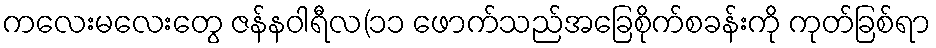
ကလေးမလေးတွေ ဇန်နဝါရီလ(၁၁ ဖောက်သည်အခြေစိုက်စခန်းကို ကုတ်ခြစ်ရာ